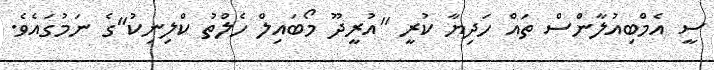
ސީ އެމްބިއުލާންސް ތައް ހަދިޔާ ކުރީ "އުރީދޫ މޯބައިލް ހެލްތު ކްލިނިކު"ގެ ނަމުގައެވެ.